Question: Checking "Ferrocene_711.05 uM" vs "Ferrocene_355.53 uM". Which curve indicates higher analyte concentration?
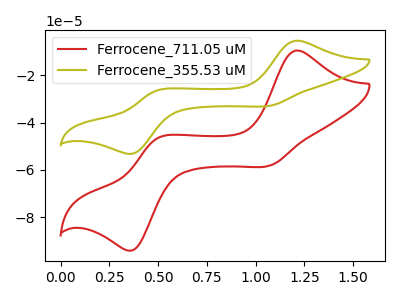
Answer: <think>The red curve "Ferrocene_711.05 uM" has anodic peaks at (1.20V, -9.55uA) (0.50V, -46.55uA) and cathodic peaks at (1.10V, -58.10uA) (0.35V, -93.75uA). The olive curve "Ferrocene_355.53 uM" has anodic peaks at (1.20V, -5.40uA) (0.50V, -26.35uA) and cathodic peaks at (1.10V, -32.85uA) (0.35V, -53.00uA).
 All the peaks in "Ferrocene_711.05 uM" have a peak in "Ferrocene_355.53 uM" at the same potential.</think>
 <answer>I cant tell if "Ferrocene_711.05 uM" or "Ferrocene_355.53 uM" has higher concentration.</answer>
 <eval>mixed_concentration</eval>